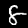
Label: 8